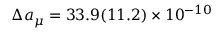
\Delta a _ { \mu } = 3 3 . 9 ( 1 1 . 2 ) \times 1 0 ^ { - 1 0 }